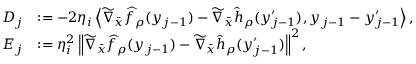
\begin{array} { r l } { D _ { j } } & { : = - 2 \eta _ { i } \left\langle \widetilde { \nabla } _ { \bar { x } } \widehat { f } _ { \rho } ( y _ { j - 1 } ) - \widetilde { \nabla } _ { \bar { x } } \widehat { h } _ { \rho } ( y _ { j - 1 } ^ { \prime } ) , y _ { j - 1 } - y _ { j - 1 } ^ { \prime } \right\rangle , } \\ { E _ { j } } & { : = \eta _ { i } ^ { 2 } \left\lVert \widetilde { \nabla } _ { \bar { x } } \widehat { f } _ { \rho } ( y _ { j - 1 } ) - \widetilde { \nabla } _ { \bar { x } } \widehat { h } _ { \rho } ( y _ { j - 1 } ^ { \prime } ) \right\rVert ^ { 2 } , } \end{array}